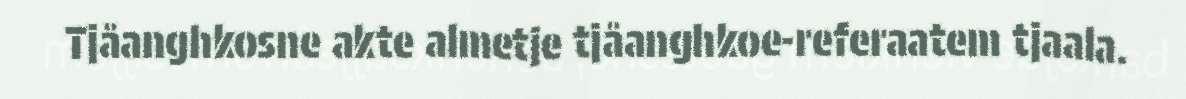
Tjåanghkosne akte almetje tjåanghkoe-referaatem tjaala.